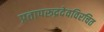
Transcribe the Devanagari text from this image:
प्रतापरूद्रदेवविरचित